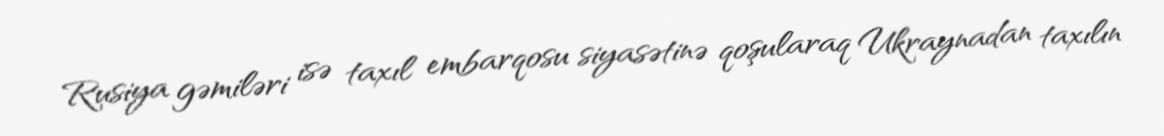
Rusiya gəmiləri isə taxıl embarqosu siyasətinə qoşularaq Ukraynadan taxılın